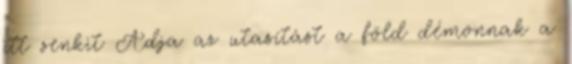
itt senkit Adja az utasítást a föld démonnak a